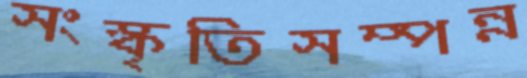
সংস্কৃতিসম্পন্ন